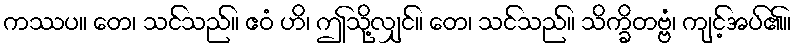
ကဿပ။ တေ၊ သင်သည်။ ဧဝံ ဟိ၊ ဤသို့လျှင်။ တေ၊ သင်သည်။ သိက္ခိတဗ္ဗံ၊ ကျင့်အပ်၏။